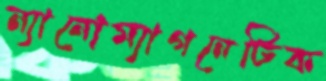
ন্যানোম্যাগনেটিক